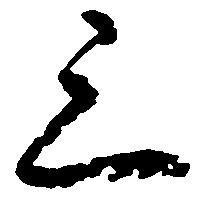
三